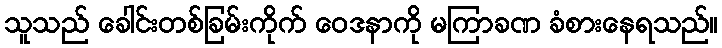
သူသည် ခေါင်းတစ်ခြမ်းကိုက် ဝေဒနာကို မကြာခဏ ခံစားနေရသည်။